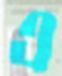
এ